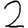
Digit: 2